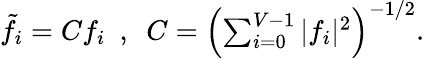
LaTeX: \begin{array}{r}{\tilde{f}_{i}=Cf_{i}\ \ ,\ \ C=\left(\sum_{i=0}^{V-1}|f_{i}|^{2}\right)^{-1/2}.}\end{array}